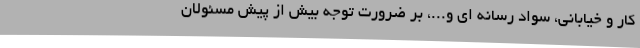
کار و خیابانی، سواد رسانه ای و...، بر ضرورت توجه بیش از پیش مسئولان